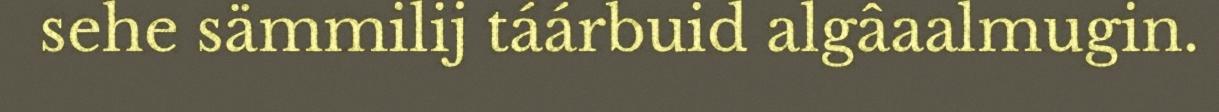
sehe sämmilij táárbuid algâaalmugin.